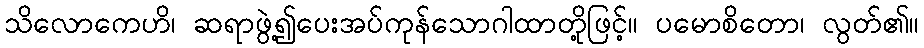
သိလောကေဟိ၊ ဆရာဖွဲ့၍ပေးအပ်ကုန်သောဂါထာတို့ဖြင့်။ ပမောစိတော၊ လွတ်၏။